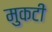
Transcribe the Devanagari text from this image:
मुकटी